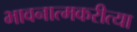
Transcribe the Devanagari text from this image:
भावनात्मकरीत्या